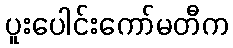
ပူးပေါင်းကော်မတီက